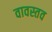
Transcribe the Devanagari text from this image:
वावस्तव